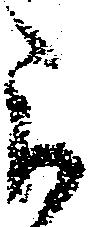
被